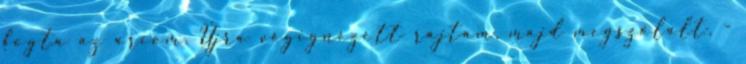
fogta az arcom. Újra végignézett rajtam, majd megszólalt. -